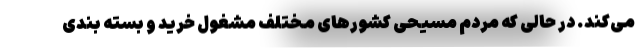
می‌کند. در حالی که مردم مسیحی کشورهای مختلف مشغول خرید و بسته بندی